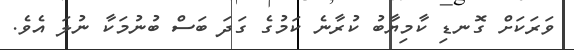
ވަރަކަށް ގޮނޑި ކާމިޔާބު ކުރާނެ ކަމުގެ ގަދަ ބަސް ބުނުމަކާ ނުލަ އެވެ.